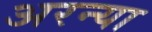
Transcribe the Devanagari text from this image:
अरन्या